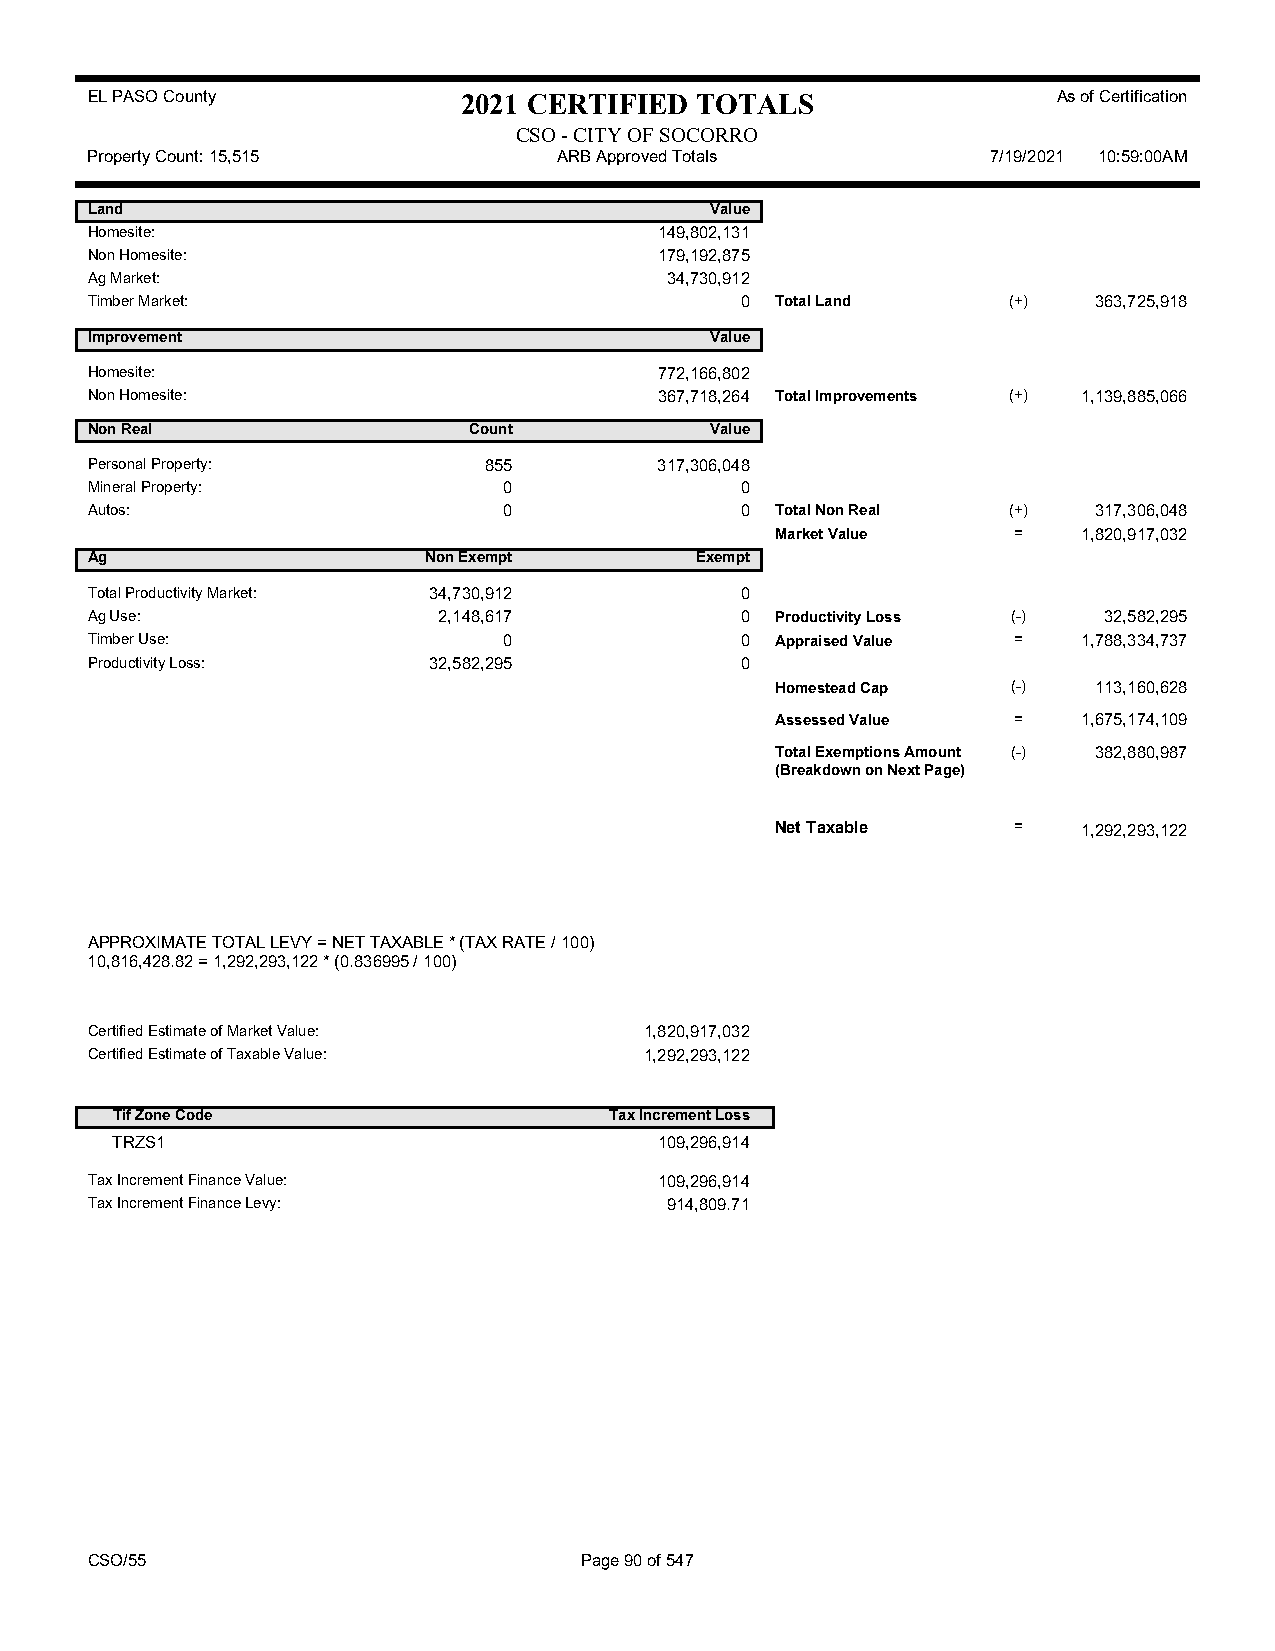
EL PASO County           2021 CERTIFIED TOTALS                  As of Certification
 CSO - CITY OF SOCORRO
 Property Count: 15,515         ARB Approved Totals          7/19/2021 10:59:00AM
 Land                                     Value
 Homesite:                             149,802,131
 Non Homesite:                         179,192,875
 Ag Market:                            34,730,912
 Timber Market:                             0 Total Land      (+)  363,725,918
 Improvement                              Value
 Homesite:                             772,166,802
 Non Homesite:                         367,718,264 Total Improvements (+) 1,139,885,066
 Non Real                 Count           Value
 Personal Property:        855         317,306,048
 Mineral Property:          0               0
 Autos:                     0               0 Total Non Real  (+)  317,306,048
 Market Value    =    1,820,917,032
 Ag                    Non Exempt        Exempt
 Total Productivity Market: 34,730,912      0
 Ag Use:                2,148,617           0 Productivity Loss (-) 32,582,295
 Timber Use:                0               0 Appraised Value =    1,788,334,737
 Productivity Loss:    32,582,295           0
 Homestead Cap   (-)  113,160,628
 Assessed Value  =    1,675,174,109
 Total Exemptions Amount (-) 382,880,987
 (Breakdown on Next Page)
 Net Taxable     =    1,292,293,122
 APPROXIMATE TOTAL LEVY = NET TAXABLE * (TAX RATE / 100)
 10,816,428.82 = 1,292,293,122 * (0.836995 / 100)
 Certified Estimate of Market Value:  1,820,917,032
 Certified Estimate of Taxable Value: 1,292,293,122
 Tif Zone Code                    Tax Increment Loss
 TRZS1                                109,296,914
 Tax Increment Finance Value:          109,296,914
 Tax Increment Finance Levy:           914,809.71
 CSO/55                          Page 90 of 547